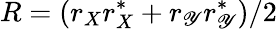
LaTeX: R=(r_{X}r_{X}^{*}+r_{\mathscr{Y}}r_{\mathscr{Y}}^{*})/2